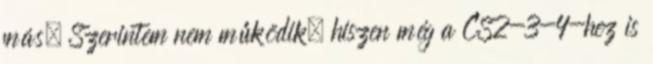
más. Szerintem nem működik, hiszen még a CS2-3-4-hez is